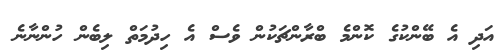
އަދި އެ ބޭންކުގެ ކޮންމެ ބްރާންޗަކުން ވެސް އެ ހިދުމަތް ލިބެން ހުންނާނެ